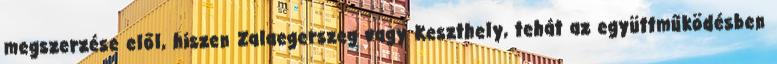
megszerzése elől, hiszen Zalaegerszeg vagy Keszthely, tehát az együttműködésben